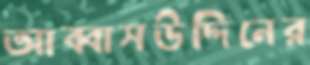
আব্বাসউদ্দিনের